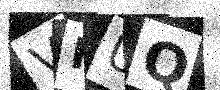
Text: VHUQ